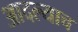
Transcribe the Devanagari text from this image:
आदल्याच